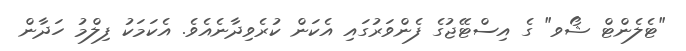
"ޓެލެންޓް ޝޯވ" ގެ އިސްޓޭޖުގެ ފެންވަރުގައި އެކަން ކުރެވިދާނެއެވެ. އެކަމަކު ފިލްމު ހަދާން